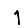
Digit: 1